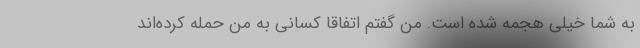
به شما خیلی هجمه شده است. من گفتم اتفاقا کسانی به من حمله کرده‌اند